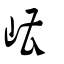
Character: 嶆